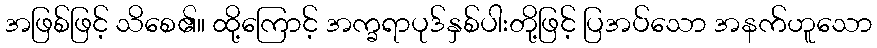
အဖြစ်ဖြင့် သိစေ၏။ ထို့ကြောင့် အက္ခရာပုဒ်နှစ်ပါးတို့ဖြင့် ပြအပ်သော အနက်ဟူသော